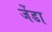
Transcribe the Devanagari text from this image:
जेंडा